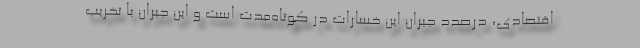
اقتصادی، درصدد جبران این خسارات در کوتاه‌مدت است و این جبران با تخریب